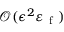
\mathcal { O } ( \epsilon ^ { 2 } \varepsilon _ { \mathrm { ~ f ~ } } )